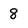
Character: 8